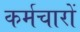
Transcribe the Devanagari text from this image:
कर्मचारों